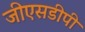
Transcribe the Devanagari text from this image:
जीएसडीपी